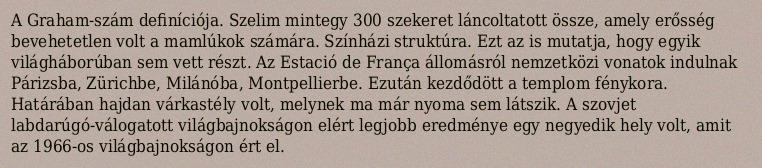
A Graham-szám definíciója. Szelim mintegy 300 szekeret láncoltatott össze, amely erősség bevehetetlen volt a mamlúkok számára. Színházi struktúra. Ezt az is mutatja, hogy egyik világháborúban sem vett részt. Az Estació de França állomásról nemzetközi vonatok indulnak Párizsba, Zürichbe, Milánóba, Montpellierbe. Ezután kezdődött a templom fénykora. Határában hajdan várkastély volt, melynek ma már nyoma sem látszik. A szovjet labdarúgó-válogatott világbajnokságon elért legjobb eredménye egy negyedik hely volt, amit az 1966-os világbajnokságon ért el.